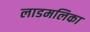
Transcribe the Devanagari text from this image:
लाडमलिका